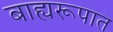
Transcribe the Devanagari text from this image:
बाह्यरूपात